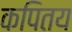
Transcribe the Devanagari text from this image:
कपितय